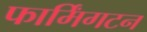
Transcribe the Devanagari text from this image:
फार्मिंगटन